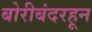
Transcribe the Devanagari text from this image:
बोरीबंदरहून